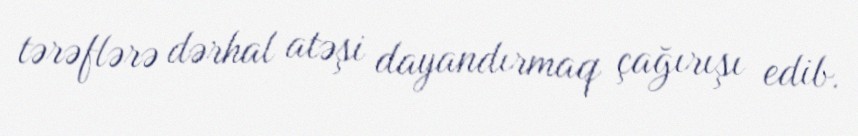
tərəflərə dərhal atəşi dayandırmaq çağırışı edib.